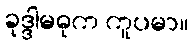
ခုဒ္ဒါမဓုက ကူပမာ။